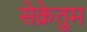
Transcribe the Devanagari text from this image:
सेक्रेतुम